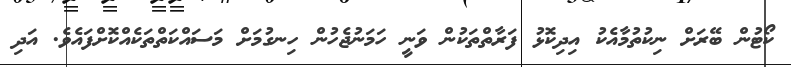
ކޯޓުން ބޭރަަށް ނިކުތުމާއެކު އިދިކޮޅު ފަރާތްތަކުން ވަނީ ހަމަނުޖެހުން ހިނގުމަށް މަސައްކަތްތަކެއްކޮށްފައެވެ. އަދި